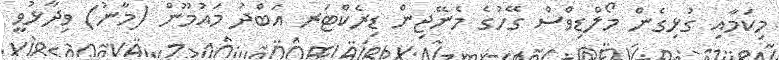
މިކަމާއި ގުޅިގެން މޯލްޑިވްސް ގޭހުގެ މެނޭޖިން ޑިރެކްޓަރ އަބްދު މައުމޫން (މާނު) ވިދާޅުވީ